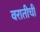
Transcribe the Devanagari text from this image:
वरातीची